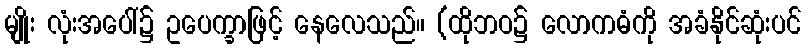
မျိုး လုံးအပေါ်၌ ဥပေက္ခာဖြင့် နေလေသည်။ (ထိုဘဝ၌ လောကဓံကို အခံနိုင်ဆုံးပင်